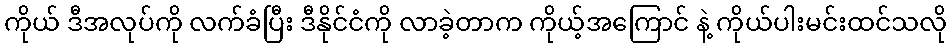
ကိုယ် ဒီအလုပ်ကို လက်ခံပြီး ဒီနိုင်ငံကို လာခဲ့တာက ကိုယ့်အကြောင် နဲ့ ကိုယ်ပါးမင်းထင်သလို